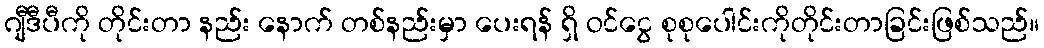
ဂျီဒီပီကို တိုင်းတာ နည်း နောက် တစ်နည်းမှာ ပေးရန် ရှိ ဝင်ငွေ စုစုပေါင်းကိုတိုင်းတာခြင်းဖြစ်သည်။